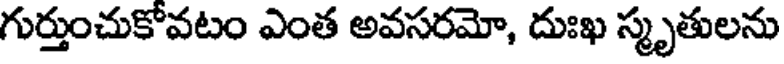
గుర్తుంచుకోవటం ఎంత అవసరమో, దుఃఖ స్మృతులను